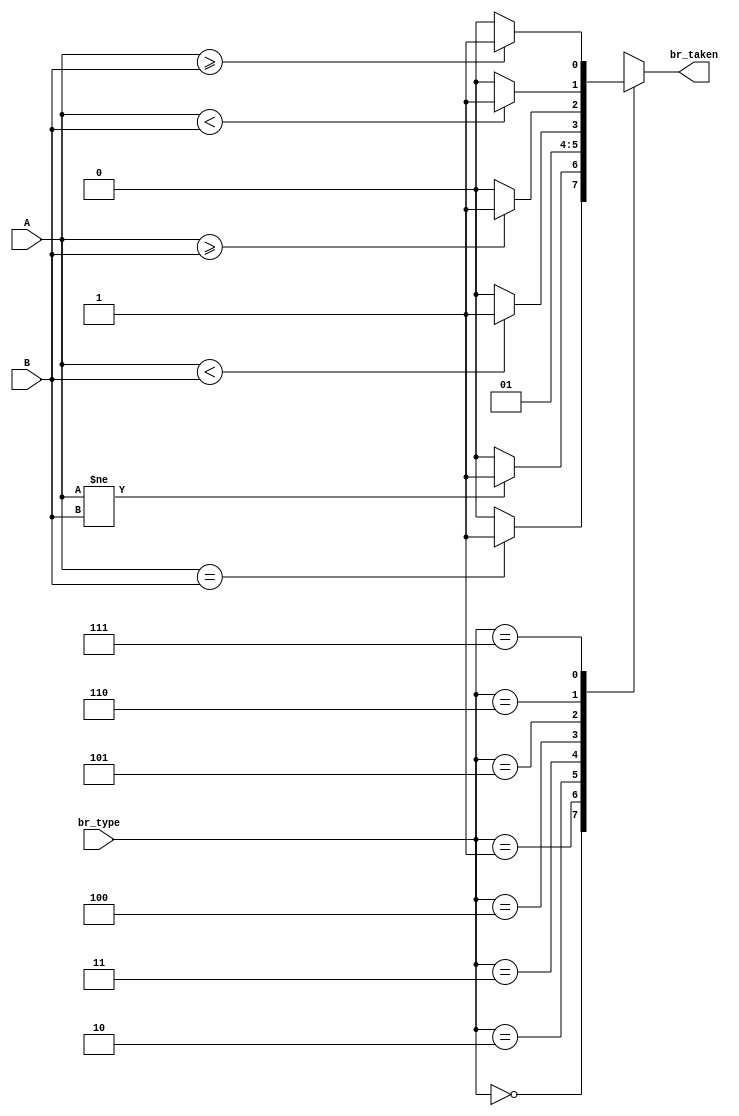
module branch_cond(output reg br_taken, input [0:2] br_type, input [0:31] A, B);
	always @(*) begin	//room for hardware exploitation by mapping with funct3+Branch confirmation?
		case (br_type)
			3'b000: br_taken = (A==B)? 1:0;	//beq
			3'b001: br_taken = (A!=B)? 1:0;	//bne
			3'b010: br_taken = 0;	//no jump
			3'b011: br_taken = 1;	//jalr,jal (unconditional jump)
			3'b100: br_taken = ($signed(A) < $signed(B))?  1:0;	//blt
			3'b101: br_taken = ($signed(A) >= $signed(B))? 1:0;	//bge
			3'b110: br_taken = (A<B)?  1:0;	//bltu
			3'b111: br_taken = (A>=B)? 1:0;	//bgeu
			default: br_taken = 0;
		endcase
	end
endmodule